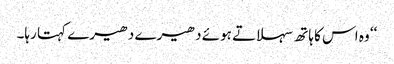
‘‘ وہ اس کا ہاتھ سہلاتے ہوئے دھیرے دھیرے کہتا رہا۔